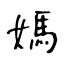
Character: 媽